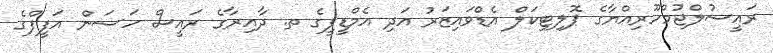
ރައީސުލްޖުމްހޫރިއްޔާގެ ޕޮލިޓިކަލް އެޑްވައިޒަރު އަދި އެމްޑީޕީގެ ތ. ދާއިރާގެ ރައީސް ހަސަން އަފީފްގެ